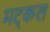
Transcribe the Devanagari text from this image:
मट्कल